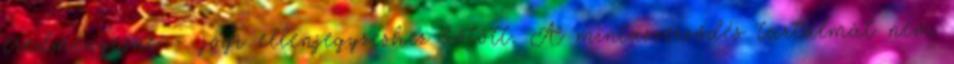
eredményezne – jogi ellenjegyzéshez kötött. A mintaszerződés tartalmát nem